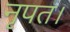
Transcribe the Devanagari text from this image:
नृपत।